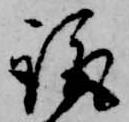
諏